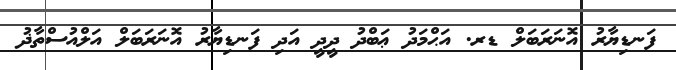
ފަނޑިޔާރު އޮނަރަބަލް ޑރ. އަޙްމަދު ޢަބްދު ދީދީ އަދި ފަނޑިޔާރު އޮނަރަބަލް އަލްއުސްތާޛު